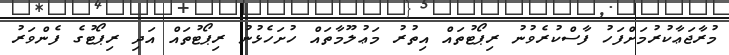
މުރާޖަޢާކުރުމަށްފަހު ފާސްކުރެވުނު ރިޕޯޓުތައް އިތުރު މަޢުލޫމާތައް ހުށަހެޅުނު ރިޕޯޓުތައް އަދި ރިޕޯޓުގެ ފެންވަރު